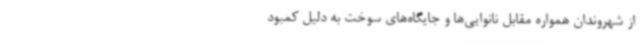
از شهروندان همواره مقابل نانوایی‌ها و جایگاه‌های سوخت به دلیل کمبود